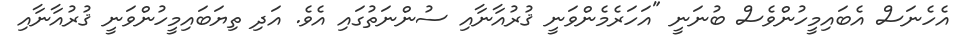
އެހެނަސް އެބައިމީހުންވެސް ބުނަނީ "އަހަރެމެންވަނީ ޤުރުއާނާއި ސުންނަތުގައި އެވެ. އަދި ތިޔަބައިމީހުންވަނީ ޤުރުއާނާއި